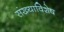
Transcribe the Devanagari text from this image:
संख्याविशेष